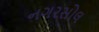
નગરસોલ